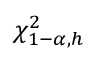
\chi _ { 1 - \alpha , h } ^ { 2 }